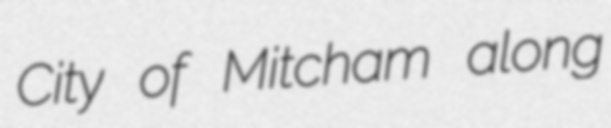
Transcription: City of Mitcham along